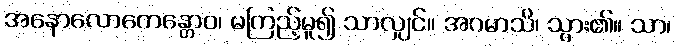
အနောလောကေန္တောဝ၊ မကြည့်မူ၍ သာလျှင်။ အဂမာသိ၊ သွား၏။ သာ၊